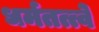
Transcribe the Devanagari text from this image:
धर्मतत्त्वे